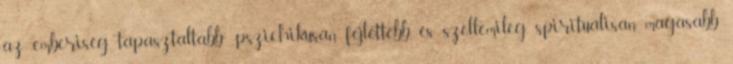
az emberiség tapasztaltabb -pszichikusan fejlettebb és szellemileg, spirituálisan magasabb